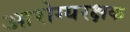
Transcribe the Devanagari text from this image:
आरोग्यरक्षक